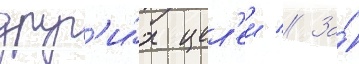
друг'и́х цел'еи // За́